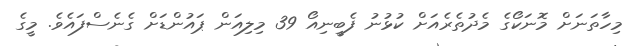
މިހާތަނަށް މޮނަކޯގެ މެދުތެރެއަށް ކުޅުނު ފެބީނިއޯ 39 މިލިއަން ޕައުންޑަށް ގެނެސްފައެވެ. މީގެ